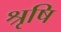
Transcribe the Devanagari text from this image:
श्रृषि